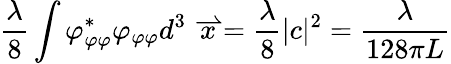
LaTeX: \frac{\lambda}{8}\int\varphi_{\varphi\varphi}^{*}\varphi_{\varphi\varphi}d^{3}\stackrel{\rightharpoonup}{x}=\frac{\lambda}{8}|c|^{2}=\frac{\lambda}{128\pi L}